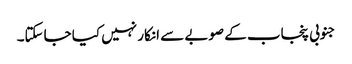
جنوبی پنجاب کے صوبے سے انکار نہیں کیا جاسکتا۔